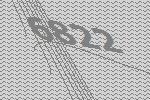
6822